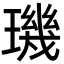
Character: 璣